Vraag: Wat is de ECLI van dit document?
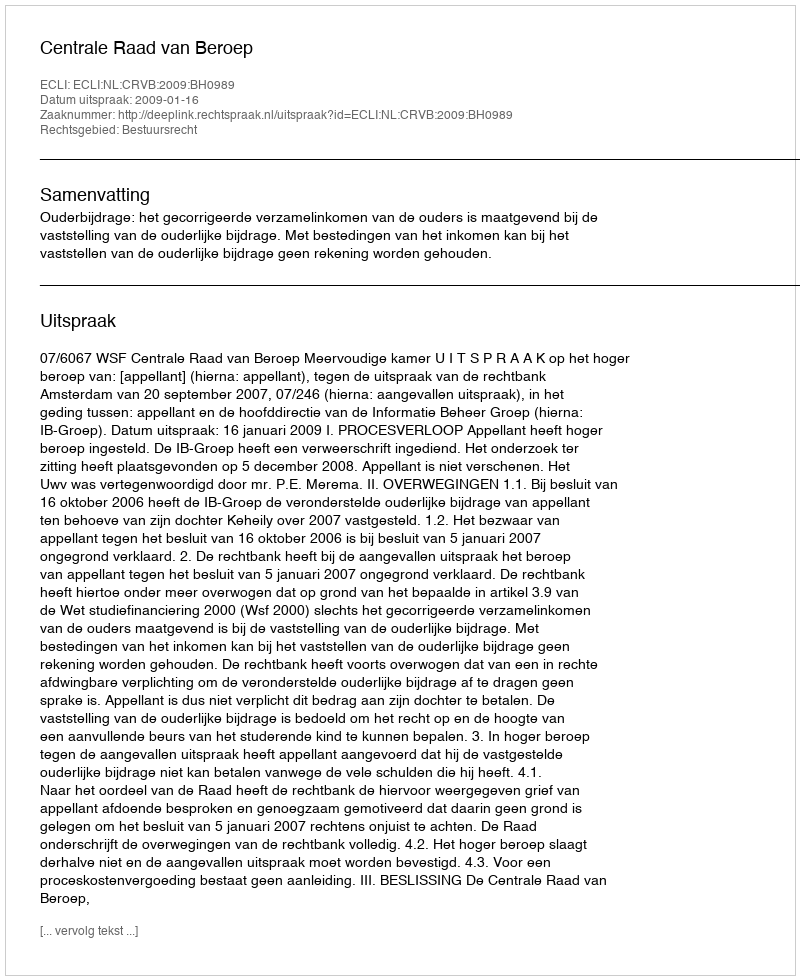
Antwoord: ECLI:NL:CRVB:2009:BH0989